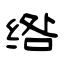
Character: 绺